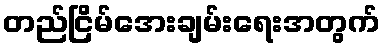
တည်ငြိမ်အေးချမ်းရေးအတွက်